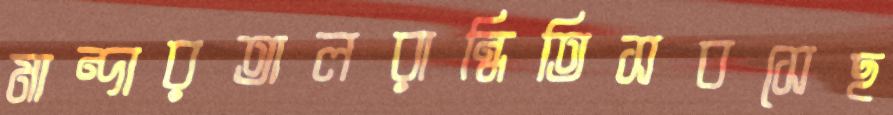
মান্দারতালরান্ধিতিসবসেছ